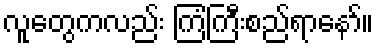
လူတွေကလည်း ကြံကြီးစည်ရာနော်။